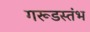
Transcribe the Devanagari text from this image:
गरूडस्तंभ